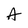
Character: A